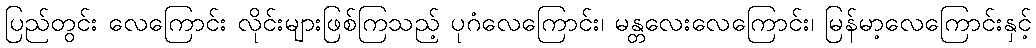
ပြည်တွင်း လေကြောင်း လိုင်းများဖြစ်ကြသည့် ပုဂံလေကြောင်း၊ မန္တလေးလေကြောင်း၊ မြန်မာ့လေကြောင်းနှင့်